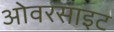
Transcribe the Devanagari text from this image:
ओवरसाइट